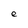
Character: e